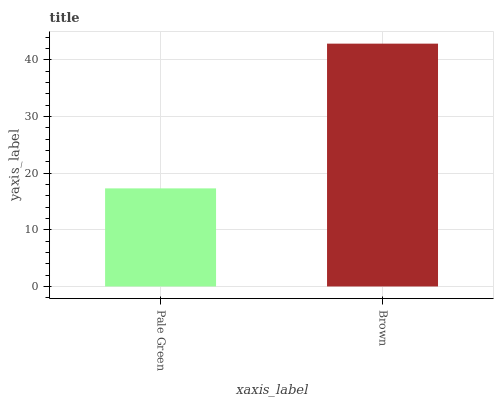
| xaxis_label | bars |
 | --- | --- |
 | Pale Green | 17.3 |
 | Brown | 42.9 |